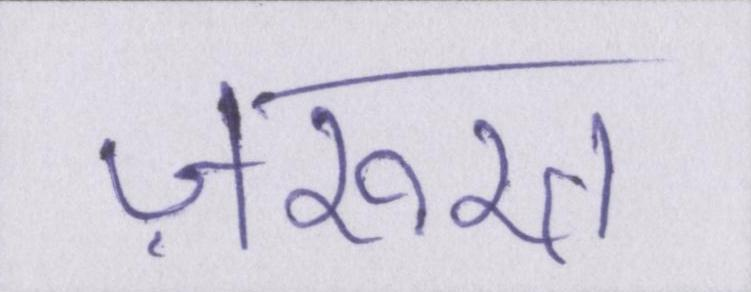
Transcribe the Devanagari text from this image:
ज़रुरत